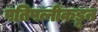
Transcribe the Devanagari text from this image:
पतिपत्नींकडून